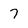
Character: 7